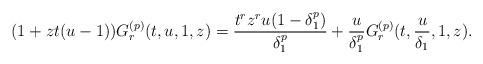
LaTeX: \begin{align*}(1+zt(u-1))G^{(p)}_r(t,u,1,z)= \frac{t^rz^ru(1-\delta_1^p)}{\delta_1^p} + \frac{u}{\delta_1^p}G_r^{(p)}(t,\frac{u}{\delta_1},1,z).\end{align*}